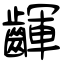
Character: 齳